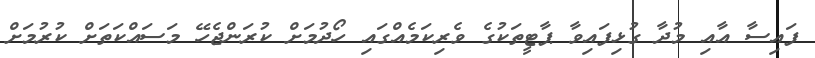
ފައިސާ އާއި މުދާ ގުޅިފައިވާ ޕާޓީތަކުގެ ވެރިކަމެއްގައި ހޯދުމަށް ކުރަންޖެހޭ މަސައްކަތަށް ކުރުމަށް